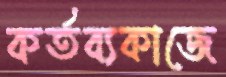
কর্তব্যকাজে